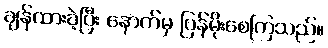
ချန်ထားခဲ့ပြီး နောက်မှ ပြန်မိုးစေကြသည်။